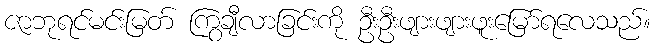
ဇာဘုရင်မင်းမြတ် ကြွချီလာခြင်းကို ဦးဦးဖျားဖျားဖူးမြော်ရလေသည်။